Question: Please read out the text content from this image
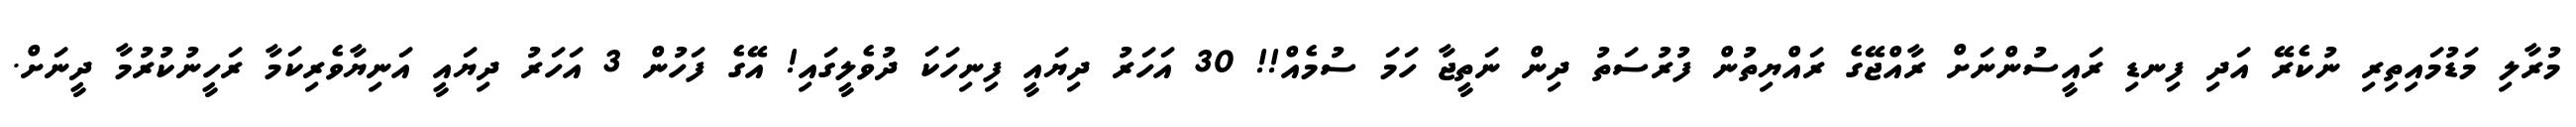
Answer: މުރާލި މަޑުމައިތިރި ނުކެރޭ އަދި ފިނޑި ރައީސުންނަށް ރާއްޖޭގެ ރައްޔިތުން ފުރުސަތު ދިން ނަތީޖާ ހަމަ ސުމެއް!! 30 އަހަރު ދިޔައީ ފިނިހަކަ ދުވެލީގައި! އޭގެ ފަހުން 3 އަހަރު ދިޔައީ އަނިޔާވެރިކަމާ ރަހީނުކުރުމާ ދީނަށް.